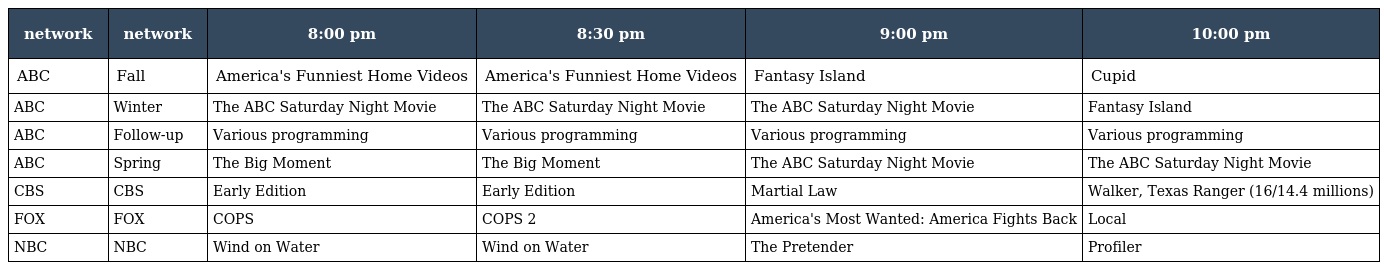
| network | network | 8:00 pm | 8:30 pm | 9:00 pm | 10:00 pm |
 | --- | --- | --- | --- | --- | --- |
 | ABC | Fall | America's Funniest Home Videos | America's Funniest Home Videos | Fantasy Island | Cupid |
 | ABC | Winter | The ABC Saturday Night Movie | The ABC Saturday Night Movie | The ABC Saturday Night Movie | Fantasy Island |
 | ABC | Follow-up | Various programming | Various programming | Various programming | Various programming |
 | ABC | Spring | The Big Moment | The Big Moment | The ABC Saturday Night Movie | The ABC Saturday Night Movie |
 | CBS | CBS | Early Edition | Early Edition | Martial Law | Walker, Texas Ranger (16/14.4 millions) |
 | FOX | FOX | COPS | COPS 2 | America's Most Wanted: America Fights Back | Local |
 | NBC | NBC | Wind on Water | Wind on Water | The Pretender | Profiler |